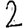
Digit: 2